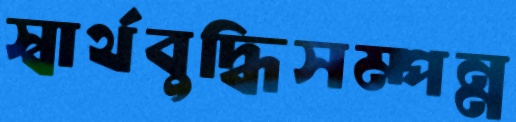
স্বার্থবুদ্ধিসম্পন্ন